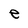
Character: e